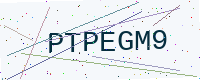
Text: PTPEGM9